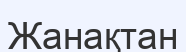
Жанақтан